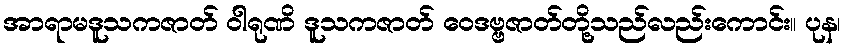
အာရာမဒူသကဇာတ် ဝါရုဏိ ဒူသကဇာတ် ဝေဒဗ္ဗဇာတ်တို့သည်လည်းကောင်း။ ပုန၊